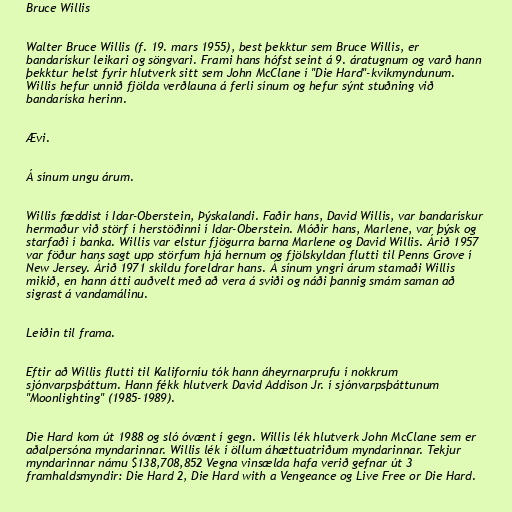
Bruce Willis

Walter Bruce Willis (f. 19. mars 1955), best þekktur sem Bruce Willis, er
bandarískur leikari og söngvari. Frami hans hófst seint á 9. áratugnum og varð hann
þekktur helst fyrir hlutverk sitt sem John McClane í "Die Hard"-kvikmyndunum.
Willis hefur unnið fjölda verðlauna á ferli sínum og hefur sýnt stuðning við
bandaríska herinn.

Ævi.

Á sínum ungu árum.

Willis fæddist í Idar-Oberstein, Þýskalandi. Faðir hans, David Willis, var bandarískur
hermaður við störf í herstöðinni í Idar-Oberstein. Móðir hans, Marlene, var þýsk og
starfaði í banka. Willis var elstur fjögurra barna Marlene og David Willis. Árið 1957
var föður hans sagt upp störfum hjá hernum og fjölskyldan flutti til Penns Grove í
New Jersey. Árið 1971 skildu foreldrar hans. Á sínum yngri árum stamaði Willis
mikið, en hann átti auðvelt með að vera á sviði og náði þannig smám saman að
sigrast á vandamálinu.

Leiðin til frama.

Eftir að Willis flutti til Kaliforníu tók hann áheyrnarprufu í nokkrum
sjónvarpsþáttum. Hann fékk hlutverk David Addison Jr. í sjónvarpsþáttunum
"Moonlighting" (1985-1989).

Die Hard kom út 1988 og sló óvænt í gegn. Willis lék hlutverk John McClane sem er
aðalpersóna myndarinnar. Willis lék í öllum áhættuatriðum myndarinnar. Tekjur
myndarinnar námu $138,708,852 Vegna vinsælda hafa verið gefnar út 3
framhaldsmyndir: Die Hard 2, Die Hard with a Vengeance og Live Free or Die Hard.